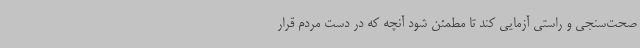
صحت‌سنجی و راستی آزمایی کند تا مطمئن شود آنچه که در دست مردم قرار